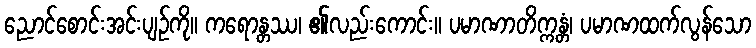
ညောင်စောင်းအင်းပျဉ်ကို။ ကရောန္တဿ၊ ၏လည်းကောင်း။ ပမာဏာတိက္ကန္တံ၊ ပမာဏထက်လွန်သော